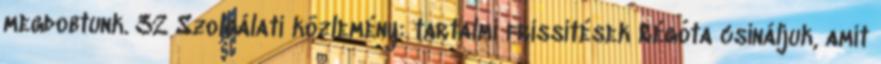
megdobtunk. 32 Szolgálati közlemény: tartalmi frissítések Régóta csináljuk, amit